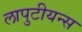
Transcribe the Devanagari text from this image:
लापुटीयन्स